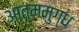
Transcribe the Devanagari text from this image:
आत्ममुग्ध